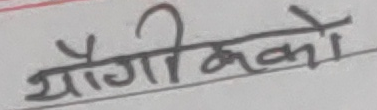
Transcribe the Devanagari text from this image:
यौगिकको